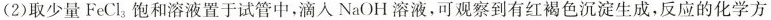
(2)取少量FeCl_{3}饱和溶液置于试管中，滴入NaOH溶液，可观察到有红褐色沉淀生成，反应的化学方